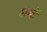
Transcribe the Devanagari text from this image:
शब्दें